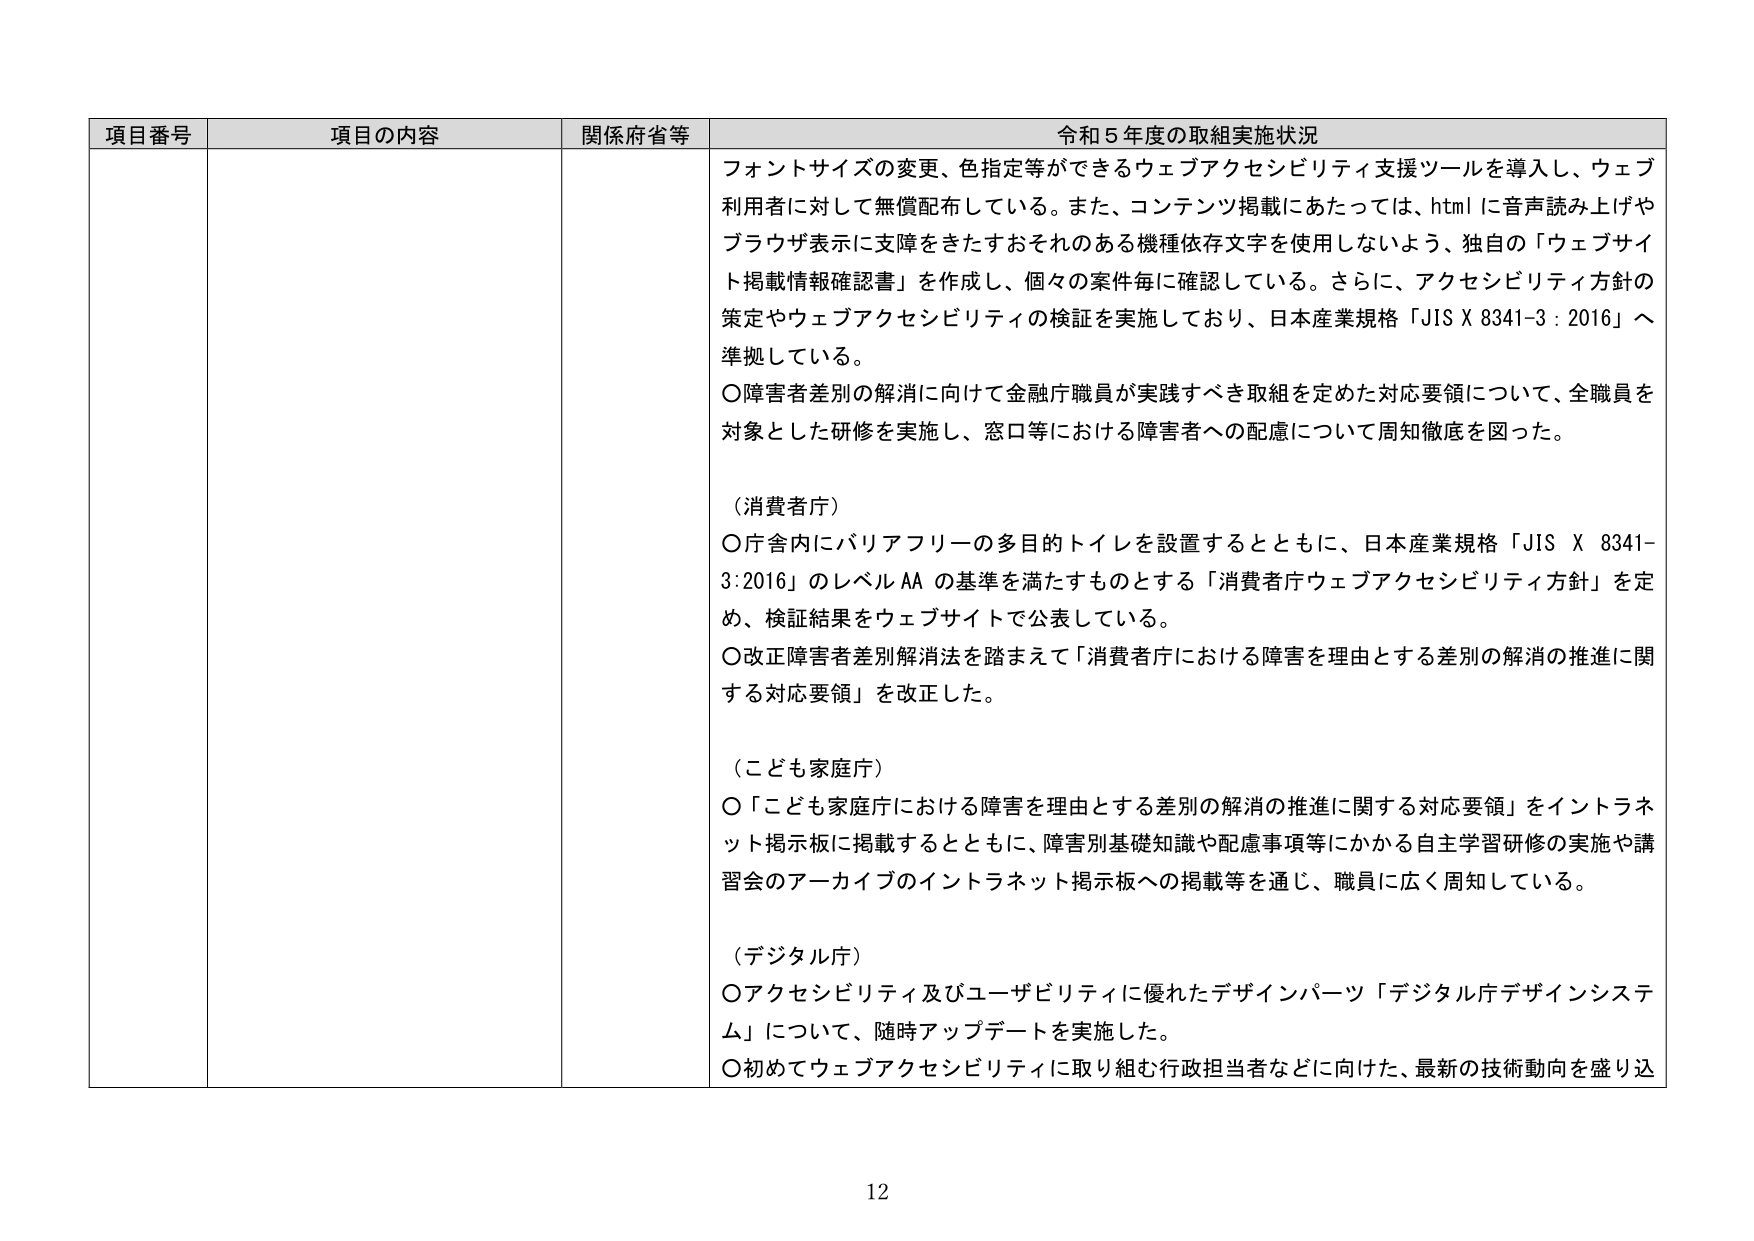
項目番号 項目の内容 関係府省等 令和５年度の取組実施状況
フォントサイズの変更、色指定等ができるウェブアクセシビリティ支援ツールを導入し、ウェブ
利用者に対して無償配布している。また、コンテンツ掲載にあたっては、htmlに音声読み上げや
ブラウザ表示に支障をきたすおそれのある機種依存文字を使用しないよう、独自の「ウェブサイ
ト掲載情報確認書」を作成し、個々の案件毎に確認している。さらに、アクセシビリティ方針の
策定やウェブアクセシビリティの検証を実施しており、日本産業規格「JIS X 8341-3 : 2016」へ
準拠している。
〇障害者差別の解消に向けて金融庁職員が実践すべき取組を定めた対応要領について、全職員を
対象とした研修を実施し、窓口等における障害者への配慮について周知徹底を図った。
（消費者庁）
〇庁舎内にバリアフリーの多目的トイレを設置するとともに、日本産業規格「JIS X 8341-
3:2016」のレベルAAの基準を満たすものとする「消費者庁ウェブアクセシビリティ方針」を定
め、検証結果をウェブサイトで公表している。
〇改正障害者差別解消法を踏まえて「消費者庁における障害を理由とする差別の解消の推進に関
する対応要領」を改正した。
（こども家庭庁）
〇「こども家庭庁における障害を理由とする差別の解消の推進に関する対応要領」をイントラネ
ット掲示板に掲載するとともに、障害別基礎知識や配慮事項等にかかる自主学習研修の実施や講
習会のアーカイブのインターネット掲示板への掲載等を通じ、職員に広く周知している。
（デジタル庁）
〇アクセシビリティ及びユーザビリティに優れたデザインパーツ「デジタル庁デザインシステ
ム」について、随時アップデートを実施した。
〇初めてウェブアクセシビリティに取り組む行政担当者などに向けた、最新の技術動向を盛り込
12